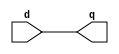
///////////////////////////////////////////
// LRU IMPLEMENTATION
///////////////////////////////////////////

module D_ff_LRU(input d, output reg q );
always@(d)
begin
 q=d; 
end
endmodule

module decoder3to8_LRU(input [2:0] in, output reg [7:0] out);
  always@(in)
    case(in)
      3'b000:  out = 8'b00000001;
      3'b001:  out = 8'b00000010;
      3'b010:  out = 8'b00000100;
      3'b011:  out = 8'b00001000;
      3'b100:  out = 8'b00010000;
      3'b101:  out = 8'b00100000;
      3'b110:  out = 8'b01000000;
      3'b111:  out = 8'b10000000;
    endcase
endmodule

module mux2to1_3bit_LRU(input [2:0] in1, input [2:0] in2, input sel, output reg [2:0] out);
  always@(in1,in2,sel)
    case(sel)
      1'b0:  out = in1;
      1'b1:  out = in2;
    endcase
endmodule

module mux8to1_3bit_LRU(input [2:0] in0, input [2:0] in1, input [2:0] in2, input [2:0] in3, input [2:0] in4,
                    input [2:0] in5, input [2:0] in6, input [2:0] in7,
                    input [2:0] sel, output reg [2:0] out);
  always@(in1,in2,in3,in0,in4,in5,in6,in7,sel)
    begin
      case(sel)
        3'b000 : out = in0;
        3'b001 : out = in1;
        3'b010 : out = in2;
        3'b011 : out = in3;
        3'b100 : out = in4;
        3'b101 : out = in5;
        3'b110 : out = in6;
        3'b111 : out = in7;
      endcase
    end
endmodule

module counter_LRU(input clk, input reset,input writeEnable, input dec, input load, output [2:0] val);
  reg[2:0] temp;
  reg[1:0] three;

  D_ff_LRU d0 (temp[0],val[0]);
  D_ff_LRU d1 (temp[1],val[1]);
  D_ff_LRU d2 (temp[2],val[2]);

  always@(clk)
  begin
    if(reset)
      temp=3'b000;
    else if(load&writeEnable)
      temp=3'b111;
    else if (dec&writeEnable)
      temp=temp-3'b001;
  end
endmodule

module priority_encoder_LRU (input [7:0] sel, output reg [2:0] code);  
  
 
  always @(sel)  
  begin  
        if (sel[0]) code = 3'b000;  
   else if (sel[1]) code = 3'b001;  
   else if (sel[2]) code = 3'b010;  
   else if (sel[3]) code = 3'b011;  
   else if (sel[4]) code = 3'b100;  
   else if (sel[5]) code = 3'b101;  
   else if (sel[6]) code = 3'b110;  
   else if (sel[7]) code = 3'b111;  
   else code = 3'b000;  
  end  
endmodule 

module comparator_LRU(input[2:0] in1,input [2:0] in2, output reg dec, output reg ifzero);
  always @ (in1,in2)
  begin
  if(in1>in2)
    dec=1'b1;
  else
    dec=1'b0;
  if(in1==3'b000)
   ifzero=1'b1;
   else
   ifzero=1'b0;
end

endmodule

module LRU_Counter(input clk, input reset, input hit,input writeEnable, input [2:0] lineIndex, output [2:0] outIndex);
  
  wire[2:0] dec_in;
  wire[7:0] dec_out,comp_out,ifzero;
  wire[2:0] out0,out1,out2,out3,out4,out5,out6,out7;
  wire[2:0] comp_in;
  
  mux2to1_3bit_LRU m1(outIndex,lineIndex, hit, dec_in);
  
  decoder3to8_LRU d1(dec_in, dec_out);
  
  counter_LRU c0(clk,reset, writeEnable, comp_out[0]&(~dec_out[0]),dec_out[0],out0);
  counter_LRU c1(clk,reset, writeEnable, comp_out[1]&(~dec_out[1]),dec_out[1],out1);
  counter_LRU c2(clk,reset, writeEnable, comp_out[2]&(~dec_out[2]),dec_out[2],out2);
  counter_LRU c3(clk,reset, writeEnable, comp_out[3]&(~dec_out[3]),dec_out[3],out3);
  counter_LRU c4(clk,reset, writeEnable, comp_out[4]&(~dec_out[4]),dec_out[4],out4);
  counter_LRU c5(clk,reset, writeEnable, comp_out[5]&(~dec_out[5]),dec_out[5],out5);
  counter_LRU c6(clk,reset, writeEnable, comp_out[6]&(~dec_out[6]),dec_out[6],out6);
  counter_LRU c7(clk,reset, writeEnable, comp_out[7]&(~dec_out[7]),dec_out[7],out7);
  
  mux8to1_3bit_LRU m2(out0,out1,out2,out3,out4,out5,out6,out7,dec_in,comp_in);
  
  comparator_LRU cc0(out0,comp_in,comp_out[0],ifzero[0]);
  comparator_LRU cc1(out1,comp_in,comp_out[1],ifzero[1]);
  comparator_LRU cc2(out2,comp_in,comp_out[2],ifzero[2]);
  comparator_LRU cc3(out3,comp_in,comp_out[3],ifzero[3]);
  comparator_LRU cc4(out4,comp_in,comp_out[4],ifzero[4]);
  comparator_LRU cc5(out5,comp_in,comp_out[5],ifzero[5]);
  comparator_LRU cc6(out6,comp_in,comp_out[6],ifzero[6]);
  comparator_LRU cc7(out7,comp_in,comp_out[7],ifzero[7]);
  
  priority_encoder_LRU pe(ifzero, outIndex);

endmodule

  
//////////////////////////////////////////  
//CACHE IMPLEMENTATION 
//////////////////////////////////////////  
  
module D_FF(input clk, input reset, input write, input d, output reg q);
  always @(negedge clk) 
  if(reset) q=0;
  else
   if(write) q=d;
   endmodule
   
module mux2to1_1b(input in1,input in2, input sel,output reg tagOut);
  always @(in1,in2,sel)
  begin
    case(sel)
      1'b0:tagOut=in1;
      1'b1:tagOut=in2;
    endcase
  end
endmodule

module mux2to1_3b(input [2:0] in1, input [2:0] in2, input sel,output reg [2:0] tagOut);
  always @(in1,in2,sel)
  begin
    case(sel)
      1'b0:tagOut=in1;
      1'b1:tagOut=in2;
    endcase
  end
endmodule

module mux2to1_128b(input [127:0] in1, input [127:0] in2, input sel,output reg [127:0] tagOut);
  always @(in1,in2,sel)
  begin
    case(sel)
      1'b0:tagOut=in1;
      1'b1:tagOut=in2;
    endcase
  end
endmodule

module mux4to1_1b(input in1,input in2, input in3,input in4,input[1:0] sel,output reg tagOut);
  always @(in1,in2,in3,in4,sel)
  begin
    case(sel)
      2'b00:tagOut=in1;
      2'b01:tagOut=in2;
      2'b10:tagOut=in3;
      2'b11:tagOut=in4;
    endcase
  end
endmodule

module mux4to1_3b(input[2:0] in1, in2, in3, in4,input[1:0] sel,output reg [2:0] tagOut);
  always @(in1,in2,in3,in4,sel)
  begin
    case(sel)
      2'b00:tagOut=in1;
      2'b01:tagOut=in2;
      2'b10:tagOut=in3;
      2'b11:tagOut=in4;
    endcase
  end
endmodule


module mux4to1_16b(input[15:0] in1, in2, in3, in4,input[1:0] sel,output reg[15:0] tagOut);
  always @(in1,in2,in3,in4,sel)
  begin
    case(sel)
      2'b00:tagOut=in1;
      2'b01:tagOut=in2;
      2'b10:tagOut=in3;
      2'b11:tagOut=in4;
    endcase
  end
endmodule

module mux4to1_26b(input [25:0] in1,input [25:0] in2, input [25:0] in3, input [25:0] in4, input[1:0] sel,output reg[25:0] tagOut);
  always @(in1,in2,in3,in4,sel)
  begin
    case(sel)
      2'b00:tagOut=in1;
      2'b01:tagOut=in2;
      2'b10:tagOut=in3;
      2'b11:tagOut=in4;
    endcase
  end
endmodule

module mux4to1_128b(input [127:0] in1,input [127:0] in2,input [127:0]  in3,input [127:0] in4,input[1:0] sel,output reg[127:0] tagOut);
  always @(in1,in2,in3,in4,sel)
  begin
    case(sel)
      2'b00:tagOut=in1;
      2'b01:tagOut=in2;
      2'b10:tagOut=in3;
      2'b11:tagOut=in4;
    endcase
  end
endmodule

module mux8to1_1b(input in1, input in2, input in3,input in4, input in5, input in6, input in7, input in8 ,input[2:0] sel,output reg tagOut);
  always @(in1,in2,in3,in4,in5,in6,in7,in8,sel)
  begin
    case(sel)
      3'b000:tagOut=in1;
      3'b001:tagOut=in2;
      3'b010:tagOut=in3;
      3'b011:tagOut=in4;
      3'b100:tagOut=in5;
      3'b101:tagOut=in6;
      3'b110:tagOut=in7;
      3'b111:tagOut=in8;  
    endcase
  end
endmodule

module mux8to1_128b(input [127:0] in1,  in2,  in3, in4,  in5,  in6,  in7,  in8 ,input[2:0] sel,output reg[127:0] tagOut);
  always @(in1,in2,in3,in4,in5,in6,in7,in8,sel)
  begin
    case(sel)
      3'b000:tagOut=in1;
      3'b001:tagOut=in2;
      3'b010:tagOut=in3;
      3'b011:tagOut=in4;
      3'b100:tagOut=in5;
      3'b101:tagOut=in6;
      3'b110:tagOut=in7;
      3'b111:tagOut=in8;  
    endcase
  end
endmodule

module mux16to1_8b(input [7:0] in1, in2, in3, in4, in5, in6, in7, in8, in9, in10, in11, in12, in13, in14, in15, in16, input[3:0] sel, output reg[7:0] tagOut);
  always @(in1,in2,in3,in4,in5,in6,in7,in8,sel)
  begin
    case(sel)
      4'b0000:tagOut=in1;
      4'b0001:tagOut=in2;
      4'b0010:tagOut=in3;
      4'b0011:tagOut=in4;
      4'b0100:tagOut=in5;
      4'b0101:tagOut=in6;
      4'b0110:tagOut=in7;
      4'b0111:tagOut=in8;  
      4'b1000:tagOut=in9;
      4'b1001:tagOut=in10;
      4'b1010:tagOut=in11;
      4'b1011:tagOut=in12;
      4'b1100:tagOut=in13;
      4'b1101:tagOut=in14;
      4'b1110:tagOut=in15;
      4'b1111:tagOut=in16; 
    endcase
  end
endmodule

module comparator4bit(input [3:0] in1, input [3:0] in2,output reg compOut);
  always @(in1,in2)
  begin      
    if(in1==in2)
      compOut=1'b1;
    else
        compOut=1'b0;
   end
endmodule
  
module comparator26bit(input [25:0] in1, input [25:0] in2,output reg compOut);
  always @(in1,in2)
  begin      
    if(in1==in2)
      compOut=1'b1;
    else
        compOut=1'b0;
    end
  endmodule

module decoder2to4(input [1:0] in,output reg [3:0] decOut);
  always @(in)
  begin
    case(in)
      2'b00:decOut=4'b0001;
      2'b01:decOut=4'b0010;
      2'b10:decOut=4'b0100;
      2'b11:decOut=4'b1000;  
      
    endcase
  end
endmodule

module decoder3to8(input [2:0] way,output reg [7:0] wayOut);
  always @(way)
  begin
    case(way)
      3'b000:wayOut=8'b00000001;
      3'b001:wayOut=8'b00000010;
      3'b010:wayOut=8'b00000100;
      3'b011:wayOut=8'b00001000;
      3'b100:wayOut=8'b00010000;
      3'b101:wayOut=8'b00100000;
      3'b110:wayOut=8'b01000000;
      3'b111:wayOut=8'b10000000; 
      
    endcase
  end
endmodule

module decoder4to16(input [3:0] way,output reg [15:0] wayOut);
  always @(way)
  begin
    case(way)
      4'b0000:wayOut=16'h0001;
      4'b0001:wayOut=16'h0002;
      4'b0010:wayOut=16'h0004;
      4'b0011:wayOut=16'h0008;
      4'b0100:wayOut=16'h0010;
      4'b0101:wayOut=16'h0020;
      4'b0110:wayOut=16'h0040;
      4'b0111:wayOut=16'h0080; 
      4'b1000:wayOut=16'h0100;
      4'b1001:wayOut=16'h0200;
      4'b1010:wayOut=16'h0400;
      4'b1011:wayOut=16'h0800;
      4'b1100:wayOut=16'h1000;
      4'b1101:wayOut=16'h2000;
      4'b1110:wayOut=16'h4000;
      4'b1111:wayOut=16'h8000; 
    endcase
  end
endmodule

module encoder8to3(input [7:0] encoder_in, output reg[2:0]binary_out);
	always @ (encoder_in)
	begin
    	case (encoder_in) 
  		8'b00000001 : binary_out = 3'b000;
		8'b00000010 : binary_out = 3'b001;
		8'b00000100 : binary_out = 3'b010;
		8'b00001000 : binary_out = 3'b011;
		8'b00010000 : binary_out = 3'b100;
		8'b00100000 : binary_out = 3'b101;
		8'b01000000 : binary_out = 3'b110;
		8'b10000000 : binary_out = 3'b111;
   endcase
  end

endmodule


module dataByte(input clk, input reset, input writeEnable, input [7:0] in,output [7:0] out);    
    D_FF d0(clk,reset, writeEnable, in[0], out[0]);
    D_FF d1(clk,reset, writeEnable, in[1], out[1]);
    D_FF d2(clk,reset, writeEnable, in[2], out[2]);
    D_FF d3(clk,reset, writeEnable, in[3], out[3]);
    D_FF d4(clk,reset, writeEnable, in[4], out[4]);
    D_FF d5(clk,reset, writeEnable, in[5], out[5]);
    D_FF d6(clk,reset, writeEnable, in[6], out[6]);
    D_FF d7(clk,reset, writeEnable, in[7], out[7]);
 endmodule

module dataBlock(input clk, input reset, input[15:0] write, input[7:0] in0, input[7:0] in1, input[7:0] in2, input[7:0] in3,
input[7:0] in4, input[7:0] in5, input[7:0] in6, input[7:0] in7,  input[7:0] in8, input[7:0] in9, input[7:0] in10, input[7:0] in11,
input[7:0] in12, input[7:0] in13, input[7:0] in14, input[7:0] in15, output[7:0] out0, output[7:0] out1, output[7:0] out2, output[7:0] out3, 
output[7:0] out4, output[7:0] out5, output[7:0] out6, output[7:0] out7, output[7:0] out8, output[7:0] out9, output[7:0] out10, output[7:0] out11, 
output[7:0] out12, output[7:0] out13, output[7:0] out14, output[7:0] out15);

dataByte db0(clk,reset,write[0], in0, out0);
dataByte db1(clk,reset,write[1], in1, out1);
dataByte db2(clk,reset,write[2], in2, out2);
dataByte db3(clk,reset,write[3], in3, out3);
dataByte db4(clk,reset,write[4], in4, out4);
dataByte db5(clk,reset,write[5], in5, out5);
dataByte db6(clk,reset,write[6], in6, out6);
dataByte db7(clk,reset,write[7], in7, out7);
dataByte db8(clk,reset,write[8], in8, out8);
dataByte db9(clk,reset,write[9], in9, out9);
dataByte db10(clk,reset,write[10], in10, out10);
dataByte db11(clk,reset,write[11], in11, out11);
dataByte db12(clk,reset,write[12], in12, out12);
dataByte db13(clk,reset,write[13], in13, out13);
dataByte db14(clk,reset,write[14], in14, out14);
dataByte db15(clk,reset,write[15], in15, out15);
endmodule

module dataArray(input clk, input reset, input[63:0] writeEnable, input[127:0] in_dataBlock, 
                 output[127:0] out_dataBlock0, out_dataBlock1, out_dataBlock2, out_dataBlock3);

 dataBlock db0( clk,  reset,  writeEnable[15:0],  
 in_dataBlock[7:0],  in_dataBlock[15:8] ,  in_dataBlock[23:16],  in_dataBlock[31:24],
 in_dataBlock[39:32],  in_dataBlock[47:40],  in_dataBlock[55:48],  in_dataBlock[63:56], in_dataBlock[71:64], in_dataBlock[79:72], 
 in_dataBlock[87:80], in_dataBlock[95:88], in_dataBlock[103:96], in_dataBlock[111:104], in_dataBlock[119:112], in_dataBlock[127:120],
 out_dataBlock0[7:0],  out_dataBlock0[15:8] ,  out_dataBlock0[23:16],  out_dataBlock0[31:24], 
 out_dataBlock0[39:32], out_dataBlock0[47:40],  out_dataBlock0[55:48],  out_dataBlock0[63:56], out_dataBlock0[71:64], out_dataBlock0[79:72], 
 out_dataBlock0[87:80], out_dataBlock0[95:88], out_dataBlock0[103:96], out_dataBlock0[111:104], out_dataBlock0[119:112], out_dataBlock0[127:120]); 
 
 dataBlock db1( clk,  reset,  writeEnable[31:16],  
 in_dataBlock[7:0],  in_dataBlock[15:8] ,  in_dataBlock[23:16],  in_dataBlock[31:24],
 in_dataBlock[39:32],  in_dataBlock[47:40],  in_dataBlock[55:48],  in_dataBlock[63:56], in_dataBlock[71:64], in_dataBlock[79:72], 
 in_dataBlock[87:80], in_dataBlock[95:88], in_dataBlock[103:96], in_dataBlock[111:104], in_dataBlock[119:112], in_dataBlock[127:120],
 out_dataBlock1[7:0],  out_dataBlock1[15:8] ,  out_dataBlock1[23:16],  out_dataBlock1[31:24], 
 out_dataBlock1[39:32], out_dataBlock1[47:40],  out_dataBlock1[55:48],  out_dataBlock1[63:56], out_dataBlock1[71:64], out_dataBlock1[79:72], 
 out_dataBlock1[87:80], out_dataBlock1[95:88], out_dataBlock1[103:96], out_dataBlock1[111:104], out_dataBlock1[119:112], out_dataBlock1[127:120]); 
 
 dataBlock db2( clk,  reset,  writeEnable[47:32],  
 in_dataBlock[7:0],  in_dataBlock[15:8] ,  in_dataBlock[23:16],  in_dataBlock[31:24],
 in_dataBlock[39:32],  in_dataBlock[47:40],  in_dataBlock[55:48],  in_dataBlock[63:56], in_dataBlock[71:64], in_dataBlock[79:72], 
 in_dataBlock[87:80], in_dataBlock[95:88], in_dataBlock[103:96], in_dataBlock[111:104], in_dataBlock[119:112], in_dataBlock[127:120],
 out_dataBlock2[7:0],  out_dataBlock2[15:8] ,  out_dataBlock2[23:16],  out_dataBlock2[31:24], 
 out_dataBlock2[39:32], out_dataBlock2[47:40],  out_dataBlock2[55:48],  out_dataBlock2[63:56], out_dataBlock2[71:64], out_dataBlock2[79:72], 
 out_dataBlock2[87:80], out_dataBlock2[95:88], out_dataBlock2[103:96], out_dataBlock2[111:104], out_dataBlock2[119:112], out_dataBlock2[127:120]);  
 
  dataBlock db3( clk,  reset,  writeEnable[63:48],  
 in_dataBlock[7:0],  in_dataBlock[15:8] ,  in_dataBlock[23:16],  in_dataBlock[31:24],
 in_dataBlock[39:32],  in_dataBlock[47:40],  in_dataBlock[55:48],  in_dataBlock[63:56], in_dataBlock[71:64], in_dataBlock[79:72], 
 in_dataBlock[87:80], in_dataBlock[95:88], in_dataBlock[103:96], in_dataBlock[111:104], in_dataBlock[119:112], in_dataBlock[127:120],
 out_dataBlock3[7:0],  out_dataBlock3[15:8] ,  out_dataBlock3[23:16],  out_dataBlock3[31:24], 
 out_dataBlock3[39:32], out_dataBlock3[47:40],  out_dataBlock3[55:48],  out_dataBlock3[63:56], out_dataBlock3[71:64], out_dataBlock3[79:72], 
 out_dataBlock3[87:80], out_dataBlock3[95:88], out_dataBlock3[103:96], out_dataBlock3[111:104], out_dataBlock3[119:112], out_dataBlock3[127:120]); 
 
endmodule

module tagBlock(input clk, input reset, input write, input [21:0] tag ,output [21:0] tagData);
    D_FF d8(clk,reset, write, tag[0], tagData[0]);
    D_FF d9(clk,reset, write, tag[1], tagData[1]);
    D_FF d10(clk,reset, write, tag[2], tagData[2]);
    D_FF d11(clk,reset, write, tag[3], tagData[3]);
    D_FF d12(clk,reset, write, tag[4], tagData[4]);
    D_FF d13(clk,reset, write, tag[5], tagData[5]);
    D_FF d14(clk,reset, write, tag[6], tagData[6]);
    D_FF d15(clk,reset, write, tag[7], tagData[7]);
    D_FF d16(clk,reset, write, tag[8], tagData[8]);
    D_FF d17(clk,reset, write, tag[9], tagData[9]);
    D_FF d18(clk,reset, write, tag[10], tagData[10]);
    D_FF d19(clk,reset, write, tag[11], tagData[11]);
    D_FF d20(clk,reset, write, tag[12], tagData[12]);
    D_FF d21(clk,reset, write, tag[13], tagData[13]);
    D_FF d22(clk,reset, write, tag[14], tagData[14]);
    D_FF d23(clk,reset, write, tag[15], tagData[15]);
    D_FF d24(clk,reset, write, tag[16], tagData[16]);
    D_FF d25(clk,reset, write, tag[17], tagData[17]);
    D_FF d26(clk,reset, write, tag[18], tagData[18]);
    D_FF d27(clk,reset, write, tag[19], tagData[19]);
    D_FF d28(clk,reset, write, tag[20], tagData[20]);
    D_FF d29(clk,reset, write, tag[21], tagData[21]);
 endmodule


module tagArray(input clk, input reset, input [3:0] we, input [21:0] tagin, 
output [21:0] tagOut0, output [21:0] tagOut1, output [21:0] tagOut2, output [21:0] tagOut3);
   
    tagBlock tb0(clk,reset, we[0], tagin, tagOut0);
    tagBlock tb1(clk,reset, we[1], tagin, tagOut1);
    tagBlock tb2(clk,reset, we[2], tagin, tagOut2);
    tagBlock tb3(clk,reset, we[3], tagin, tagOut3);
    
  endmodule
         
module vaildArray(input clk, input reset, input [3:0] we, input validBit,
    output validOut0, output validOut1, output validOut2, output validOut3); 
    
    D_FF d30(clk,reset,we[0],validBit,validOut0);
    D_FF d31(clk,reset,we[1],validBit,validOut1);
    D_FF d32(clk,reset,we[2],validBit,validOut2);
    D_FF d33(clk,reset,we[3],validBit,validOut3);
    
  endmodule

module haltTagBlock(input clk, input reset, input write, input [3:0] tag,output [3:0] halttagData);
    
    D_FF d34(clk,reset, write, tag[0], halttagData[0]);
    D_FF d35(clk,reset, write, tag[1], halttagData[1]);
    D_FF d36(clk,reset, write, tag[2], halttagData[2]);
    D_FF d37(clk,reset, write, tag[3], halttagData[3]);
endmodule

module haltTagArray(input clk, input reset, input [3:0] we, input [3:0] htagin,
 output [3:0] halttagOut0, output [3:0] halttagOut1, output [3:0] halttagOut2, output [3:0] halttagOut3);
   
    haltTagBlock htb0(clk,reset, we[0], htagin, halttagOut0);
    haltTagBlock htb1(clk,reset, we[1], htagin, halttagOut1);
    haltTagBlock htb2(clk,reset, we[2], htagin, halttagOut2);
    haltTagBlock htb3(clk,reset, we[3], htagin, halttagOut3); 
endmodule


module dirtyArray(input clk, input reset, input [3:0] we, input dirtyBit,
    output dirtyOut0, output dirtyOut1, output dirtyOut2, output dirtyOut3); 

    D_FF d38(clk,reset,we[0],dirtyBit,dirtyOut0);
    D_FF d39(clk,reset,we[1],dirtyBit,dirtyOut1);
    D_FF d40(clk,reset,we[2],dirtyBit,dirtyOut2);
    D_FF d41(clk,reset,we[3],dirtyBit,dirtyOut3);
endmodule

/////////////////////////////////////////
// DIRTY BIT BLOCK
/////////////////////////////////////////
module get_setDirtyBit(input clk, input reset, input [2:0] WayNo, input [7:0] wayOut, 
                       input [1:0] index, input [3:0] indexDecoded, input DB_data, input DB_signal, 
                       output dirtyBit);
  
  wire [7:0] dirtyOut;
  wire [3:0] dirtyEnable0,dirtyEnable1,dirtyEnable2,dirtyEnable3,dirtyEnable4,dirtyEnable5,dirtyEnable6,dirtyEnable7;
  wire [3:0] dirtyOut0,dirtyOut1,dirtyOut2,dirtyOut3,dirtyOut4,dirtyOut5,dirtyOut6,dirtyOut7; 
    
  assign dirtyEnable0 = {wayOut[0]&indexDecoded[3]&DB_signal, wayOut[0]&indexDecoded[2]&DB_signal, wayOut[0]&indexDecoded[1]&DB_signal, wayOut[0]&indexDecoded[0]&DB_signal};
  assign dirtyEnable1 = {wayOut[1]&indexDecoded[3]&DB_signal, wayOut[1]&indexDecoded[2]&DB_signal, wayOut[1]&indexDecoded[1]&DB_signal, wayOut[1]&indexDecoded[0]&DB_signal};
  assign dirtyEnable2 = {wayOut[2]&indexDecoded[3]&DB_signal, wayOut[2]&indexDecoded[2]&DB_signal, wayOut[2]&indexDecoded[1]&DB_signal, wayOut[2]&indexDecoded[0]&DB_signal};
  assign dirtyEnable3 = {wayOut[3]&indexDecoded[3]&DB_signal, wayOut[3]&indexDecoded[2]&DB_signal, wayOut[3]&indexDecoded[1]&DB_signal, wayOut[3]&indexDecoded[0]&DB_signal};
  assign dirtyEnable4 = {wayOut[4]&indexDecoded[3]&DB_signal, wayOut[4]&indexDecoded[2]&DB_signal, wayOut[4]&indexDecoded[1]&DB_signal, wayOut[4]&indexDecoded[0]&DB_signal};
  assign dirtyEnable5 = {wayOut[5]&indexDecoded[3]&DB_signal, wayOut[5]&indexDecoded[2]&DB_signal, wayOut[5]&indexDecoded[1]&DB_signal, wayOut[5]&indexDecoded[0]&DB_signal};
  assign dirtyEnable6 = {wayOut[6]&indexDecoded[3]&DB_signal, wayOut[6]&indexDecoded[2]&DB_signal, wayOut[6]&indexDecoded[1]&DB_signal, wayOut[6]&indexDecoded[0]&DB_signal};
  assign dirtyEnable7 = {wayOut[7]&indexDecoded[3]&DB_signal, wayOut[7]&indexDecoded[2]&DB_signal, wayOut[7]&indexDecoded[1]&DB_signal, wayOut[7]&indexDecoded[0]&DB_signal};
  
  dirtyArray DA0(clk, reset, dirtyEnable0, DB_data, dirtyOut0[0],dirtyOut0[1],dirtyOut0[2],dirtyOut0[3]);
  dirtyArray DA1(clk, reset, dirtyEnable1, DB_data, dirtyOut1[0],dirtyOut1[1],dirtyOut1[2],dirtyOut1[3]);
  dirtyArray DA2(clk, reset, dirtyEnable2, DB_data, dirtyOut2[0],dirtyOut2[1],dirtyOut2[2],dirtyOut2[3]);
  dirtyArray DA3(clk, reset, dirtyEnable3, DB_data, dirtyOut3[0],dirtyOut3[1],dirtyOut3[2],dirtyOut3[3]);
  dirtyArray DA4(clk, reset, dirtyEnable4, DB_data, dirtyOut4[0],dirtyOut4[1],dirtyOut4[2],dirtyOut4[3]);
  dirtyArray DA5(clk, reset, dirtyEnable5, DB_data, dirtyOut5[0],dirtyOut5[1],dirtyOut5[2],dirtyOut5[3]);
  dirtyArray DA6(clk, reset, dirtyEnable6, DB_data, dirtyOut6[0],dirtyOut6[1],dirtyOut6[2],dirtyOut6[3]);
  dirtyArray DA7(clk, reset, dirtyEnable7, DB_data, dirtyOut7[0],dirtyOut7[1],dirtyOut7[2],dirtyOut7[3]);
  
  mux4to1_1b setSelectM0(dirtyOut0[0],dirtyOut0[1],dirtyOut0[2],dirtyOut0[3],index,dirtyOut[0]);
  mux4to1_1b setSelectM1(dirtyOut1[0],dirtyOut1[1],dirtyOut1[2],dirtyOut1[3],index,dirtyOut[1]);
  mux4to1_1b setSelectM2(dirtyOut2[0],dirtyOut2[1],dirtyOut2[2],dirtyOut2[3],index,dirtyOut[2]);
  mux4to1_1b setSelectM3(dirtyOut3[0],dirtyOut3[1],dirtyOut3[2],dirtyOut3[3],index,dirtyOut[3]);
  mux4to1_1b setSelectM4(dirtyOut4[0],dirtyOut4[1],dirtyOut4[2],dirtyOut4[3],index,dirtyOut[4]);
  mux4to1_1b setSelectM5(dirtyOut5[0],dirtyOut5[1],dirtyOut5[2],dirtyOut5[3],index,dirtyOut[5]);
  mux4to1_1b setSelectM6(dirtyOut6[0],dirtyOut6[1],dirtyOut6[2],dirtyOut6[3],index,dirtyOut[6]);
  mux4to1_1b setSelectM7(dirtyOut7[0],dirtyOut7[1],dirtyOut7[2],dirtyOut7[3],index,dirtyOut[7]);  
  
  mux8to1_1b waySelectM0(dirtyOut[0],dirtyOut[1], dirtyOut[2], dirtyOut[3], dirtyOut[4], dirtyOut[5], dirtyOut[6], dirtyOut[7], WayNo, dirtyBit);

endmodule

///////////////////////////////////////////
// CACHE DATA 
///////////////////////////////////////////
module get_setData(input clk, input reset, input [2:0] WayNo, input [7:0] wayOut, input [1:0] index, 
                   input [3:0] indexDecoded, input [127:0] blockData,  
                   input [15:0] writeEnable, input[3:0] offset, 
                   output [127:0] outBlockData, output [7:0] outByteData);
  
  wire [63:0] writeEnable0, writeEnable1, writeEnable2, writeEnable3, writeEnable4, writeEnable5, writeEnable6, writeEnable7;
  wire [511:0] outBlockData0, outBlockData1, outBlockData2, outBlockData3, outBlockData4, outBlockData5, outBlockData6, outBlockData7;
  wire [127:0] blockData0, blockData1, blockData2, blockData3, blockData4, blockData5, blockData6, blockData7;
  
  assign writeEnable0 = {({16{wayOut[0]}} & {16{indexDecoded[0]}} & {writeEnable}),({16{wayOut[0]}} & {16{indexDecoded[1]}} & {writeEnable}),({16{wayOut[0]}} & {16{indexDecoded[2]}} & {writeEnable}),({16{wayOut[0]}} & {16{indexDecoded[3]}} & {writeEnable})};  
  assign writeEnable1 = {({16{wayOut[1]}} & {16{indexDecoded[0]}} & {writeEnable}),({16{wayOut[1]}} & {16{indexDecoded[1]}} & {writeEnable}),({16{wayOut[1]}} & {16{indexDecoded[2]}} & {writeEnable}),({16{wayOut[1]}} & {16{indexDecoded[3]}} & {writeEnable})};
  assign writeEnable2 = {({16{wayOut[2]}} & {16{indexDecoded[0]}} & {writeEnable}),({16{wayOut[2]}} & {16{indexDecoded[1]}} & {writeEnable}),({16{wayOut[2]}} & {16{indexDecoded[2]}} & {writeEnable}),({16{wayOut[2]}} & {16{indexDecoded[3]}} & {writeEnable})};
  assign writeEnable3 = {({16{wayOut[3]}} & {16{indexDecoded[0]}} & {writeEnable}),({16{wayOut[3]}} & {16{indexDecoded[1]}} & {writeEnable}),({16{wayOut[3]}} & {16{indexDecoded[2]}} & {writeEnable}),({16{wayOut[3]}} & {16{indexDecoded[3]}} & {writeEnable})};
  assign writeEnable4 = {({16{wayOut[4]}} & {16{indexDecoded[0]}} & {writeEnable}),({16{wayOut[4]}} & {16{indexDecoded[1]}} & {writeEnable}),({16{wayOut[4]}} & {16{indexDecoded[2]}} & {writeEnable}),({16{wayOut[4]}} & {16{indexDecoded[3]}} & {writeEnable})};
  assign writeEnable5 = {({16{wayOut[5]}} & {16{indexDecoded[0]}} & {writeEnable}),({16{wayOut[5]}} & {16{indexDecoded[1]}} & {writeEnable}),({16{wayOut[5]}} & {16{indexDecoded[2]}} & {writeEnable}),({16{wayOut[5]}} & {16{indexDecoded[3]}} & {writeEnable})};
  assign writeEnable6 = {({16{wayOut[6]}} & {16{indexDecoded[0]}} & {writeEnable}),({16{wayOut[6]}} & {16{indexDecoded[1]}} & {writeEnable}),({16{wayOut[6]}} & {16{indexDecoded[2]}} & {writeEnable}),({16{wayOut[6]}} & {16{indexDecoded[3]}} & {writeEnable})};
  assign writeEnable7 = {({16{wayOut[7]}} & {16{indexDecoded[0]}} & {writeEnable}),({16{wayOut[7]}} & {16{indexDecoded[1]}} & {writeEnable}),({16{wayOut[7]}} & {16{indexDecoded[2]}} & {writeEnable}),({16{wayOut[7]}} & {16{indexDecoded[3]}} & {writeEnable})};       
  
  dataArray DA0(clk, reset, writeEnable0, blockData, outBlockData0[127:0], outBlockData0[255:128], outBlockData0[383:256], outBlockData0[511:384]);
  dataArray DA1(clk, reset, writeEnable1, blockData, outBlockData1[127:0], outBlockData1[255:128], outBlockData1[383:256], outBlockData1[511:384]);
  dataArray DA2(clk, reset, writeEnable2, blockData, outBlockData2[127:0], outBlockData2[255:128], outBlockData2[383:256], outBlockData2[511:384]);
  dataArray DA3(clk, reset, writeEnable3, blockData, outBlockData3[127:0], outBlockData3[255:128], outBlockData3[383:256], outBlockData3[511:384]);
  dataArray DA4(clk, reset, writeEnable4, blockData, outBlockData4[127:0], outBlockData4[255:128], outBlockData4[383:256], outBlockData4[511:384]);
  dataArray DA5(clk, reset, writeEnable5, blockData, outBlockData5[127:0], outBlockData5[255:128], outBlockData5[383:256], outBlockData5[511:384]);
  dataArray DA6(clk, reset, writeEnable6, blockData, outBlockData6[127:0], outBlockData6[255:128], outBlockData6[383:256], outBlockData6[511:384]);
  dataArray DA7(clk, reset, writeEnable7, blockData, outBlockData7[127:0], outBlockData7[255:128], outBlockData7[383:256], outBlockData7[511:384]);

  mux4to1_128b lineSelectM0(outBlockData0[511:384], outBlockData0[383:256], outBlockData0[255:128], outBlockData0[127:0], index, blockData0);
  mux4to1_128b lineSelectM1(outBlockData1[511:384], outBlockData1[383:256], outBlockData1[255:128], outBlockData1[127:0], index, blockData1);
  mux4to1_128b lineSelectM2(outBlockData2[511:384], outBlockData2[383:256], outBlockData2[255:128], outBlockData2[127:0], index, blockData2);
  mux4to1_128b lineSelectM3(outBlockData3[511:384], outBlockData3[383:256], outBlockData3[255:128], outBlockData3[127:0], index, blockData3);
  mux4to1_128b lineSelectM4(outBlockData4[511:384], outBlockData4[383:256], outBlockData4[255:128], outBlockData4[127:0], index, blockData4);
  mux4to1_128b lineSelectM5(outBlockData5[511:384], outBlockData5[383:256], outBlockData5[255:128], outBlockData5[127:0], index, blockData5);
  mux4to1_128b lineSelectM6(outBlockData6[511:384], outBlockData6[383:256], outBlockData6[255:128], outBlockData6[127:0], index, blockData6);
  mux4to1_128b lineSelectM7(outBlockData7[511:384], outBlockData7[383:256], outBlockData7[255:128], outBlockData7[127:0], index, blockData7);

    
  mux8to1_128b waySelectM(blockData0, blockData1, blockData2, blockData3, blockData4, blockData5, blockData6, blockData7, WayNo, outBlockData);
  
  mux16to1_8b offsetSelectM(outBlockData[7:0], outBlockData[15:8], outBlockData[23:16], outBlockData[31:24], outBlockData[39:32], outBlockData[47:40], 
                         outBlockData[55:48], outBlockData[63:56], outBlockData[71:64], outBlockData[79:72], outBlockData[87:80], outBlockData[95:88], 
                         outBlockData[103:96], outBlockData[111:104], outBlockData[119:112], outBlockData[127:120], offset, outByteData);

endmodule

module signalGenerator(input hit, input write, output [1:0] signal, output DB_signal, output DB_dataSignal, output blockByteEnable);
  assign signal = {write & hit, (~hit)};
  assign DB_signal = write | (~hit);
  assign DB_dataSignal = write;
  assign blockByteEnable = (~hit);
endmodule
 
 
 module priority_encoder (input [7:0] sel, output reg [2:0] code);  
   
  always @(sel)  
  begin  
        if (sel[0]) code = 3'b000;  
   else if (sel[1]) code = 3'b001;  
   else if (sel[2]) code = 3'b010;  
   else if (sel[3]) code = 3'b011;  
   else if (sel[4]) code = 3'b100;  
   else if (sel[5]) code = 3'b101;  
   else if (sel[6]) code = 3'b110;  
   else if (sel[7]) code = 3'b111;  
   else code = 3'b000;  
  end  
endmodule 

//////////////////////////////////////
// DEFINITION OF A WAY
//////////////////////////////////////
module Way(input clk, input reset, input[31:0] inputAddress, input haltWriteEnable, input way_write, input valid_write, 
           input[3:0] decin,  
           output way_hit, output vamuxout,output way_halt_hit);
	
	wire[3:0] decout,htao0, htao1, htao2, htao3;
	wire[21:0] tagout0, tagout1, tagout2, tagout3;
	wire[25:0] tagmuxout;
	wire cmp0, cmp1, cmp2, cmp3, tagcompout, haltmuxout;
	wire vaout0,vaout1,vaout2,vout3;

	haltTagArray hta0(clk, reset, ({4{haltWriteEnable}}&decin) , inputAddress[9:6], htao0, htao1, htao2, htao3);  
	comparator4bit cp0(htao0, inputAddress[9:6], cmp0);
	comparator4bit cp1(htao1, inputAddress[9:6], cmp1);
	comparator4bit cp2(htao2, inputAddress[9:6], cmp2);
	comparator4bit cp3(htao3, inputAddress[9:6], cmp3);

  or o1(way_halt_hit,cmp0,cmp1,cmp2,cmp3);

	tagArray ta0(clk, reset, (decin& {4{way_write}}),inputAddress[31:10], tagout0, tagout1, tagout2, tagout3);
	mux4to1_26b m0({tagout0,htao0}, {tagout1,htao1}, {tagout2,htao2}, {tagout3,htao3}, inputAddress[5:4], tagmuxout);
	comparator26bit cp4(tagmuxout, inputAddress[31:6],tagcompout);
	mux2to1_1b m1(1'b0, tagcompout, way_halt_hit, haltmuxout);

	vaildArray va0(clk, reset, (decin&{4{way_write}}), 1'b1, vaout0,vaout1,vaout2,vout3);
	mux4to1_1b valid_bit_mux(vaout0,vaout1,vaout2,vout3,inputAddress[5:4],vamuxout);
	and a4(way_hit, vamuxout,haltmuxout);
  
endmodule

////////////////////////////////////////
// TOP CACHE MODULE
////////////////////////////////////////
module cacheModule(input clk, input reset, input[31:0] inputAddress, input MemWrite, 
                    input [127:0] blockWriteData, input [7:0] byteWriteData, input lru_write,
                    output [127:0] blockToMemData, output [7:0] byteToCPUData, output haltHit, output cacheHit, output dirtyBit,
                    output [26:0]cacheTag, output [3:0]cacheOffset, output [1:0] cacheIndex);
  
  wire [1:0] Signal;
  wire [3:0] indexDecoder;
  wire [7:0] wayHit, way_halt_hit,vaout;
  wire [2:0] finalWayNo, addrWayNo, LRU_WayNo0, LRU_WayNo1, LRU_WayNo2, LRU_WayNo3, LRU_WayNo, placement_way_no, write_way_out;
  wire DB_signal, DB_data, replace, blockByteEnable;
  wire [15:0] offsetDecoded, writeDataEnable;
  wire [7:0] wayNoDecoded;
  wire [127:0] writeDataValue;
  
  
  assign cacheTag = inputAddress[31:6];
  assign cacheOffset = inputAddress[3:0];
  assign cacheIndex = inputAddress[5:4];  
  
  decoder2to4 indexDec(inputAddress[5:4], indexDecoder);
  
  Way way0(clk, reset, inputAddress, ~cacheHit& wayNoDecoded[0], ~cacheHit& wayNoDecoded[0] ,1'b1,indexDecoder, wayHit[0], vaout[0],way_halt_hit[0]);
  Way way1(clk, reset, inputAddress, ~cacheHit& wayNoDecoded[1], ~cacheHit& wayNoDecoded[1] ,1'b1,indexDecoder, wayHit[1], vaout[1],way_halt_hit[1]);
  Way way2(clk, reset, inputAddress, ~cacheHit& wayNoDecoded[2], ~cacheHit& wayNoDecoded[2] ,1'b1,indexDecoder, wayHit[2], vaout[2],way_halt_hit[2]);
  Way way3(clk, reset, inputAddress, ~cacheHit& wayNoDecoded[3], ~cacheHit& wayNoDecoded[3] ,1'b1,indexDecoder, wayHit[3], vaout[3],way_halt_hit[3]);
  Way way4(clk, reset, inputAddress, ~cacheHit& wayNoDecoded[4], ~cacheHit& wayNoDecoded[4] ,1'b1,indexDecoder, wayHit[4], vaout[4],way_halt_hit[4]);
  Way way5(clk, reset, inputAddress, ~cacheHit& wayNoDecoded[5], ~cacheHit& wayNoDecoded[5] ,1'b1,indexDecoder, wayHit[5], vaout[5],way_halt_hit[5]);
  Way way6(clk, reset, inputAddress, ~cacheHit& wayNoDecoded[6], ~cacheHit& wayNoDecoded[6] ,1'b1,indexDecoder, wayHit[6], vaout[6],way_halt_hit[6]);
  Way way7(clk, reset, inputAddress, ~cacheHit& wayNoDecoded[7], ~cacheHit& wayNoDecoded[7] ,1'b1,indexDecoder, wayHit[7], vaout[7],way_halt_hit[7]);

  //PLACEMENT CIRCUIT
  and a1 (replace,vaout[0],vaout[1],vaout[2],vaout[3],vaout[4],vaout[5],vaout[6],vaout[7]);
  
  priority_encoder pe(~vaout, placement_way_no); 
  LRU_Counter lru0(clk, reset,  cacheHit, lru_write&indexDecoder[0], addrWayNo, LRU_WayNo0);
  LRU_Counter lru1(clk, reset,  cacheHit, lru_write&indexDecoder[1], addrWayNo, LRU_WayNo1);
  LRU_Counter lru2(clk, reset,  cacheHit, lru_write&indexDecoder[2], addrWayNo, LRU_WayNo2);
  LRU_Counter lru3(clk, reset,  cacheHit, lru_write&indexDecoder[3], addrWayNo, LRU_WayNo3);
  
  mux4to1_3b lru_mux(LRU_WayNo0, LRU_WayNo1, LRU_WayNo2, LRU_WayNo3, inputAddress[5:4], LRU_WayNo);
    
  mux2to1_3b placement_replacement(placement_way_no, LRU_WayNo, replace,write_way_out);
  mux2to1_3b way_no(write_way_out,addrWayNo, cacheHit,finalWayNo);
  
  decoder3to8 wayCalc(finalWayNo, wayNoDecoded);
  
  //HALTING CIRCUIT
  or halt_hit_miss( haltHit, way_halt_hit[0], way_halt_hit[1], way_halt_hit[2], way_halt_hit[3], way_halt_hit[4], way_halt_hit[5], way_halt_hit[6], way_halt_hit[7]); 
  or cache_hit_miss(tempCacheHit, wayHit[0], wayHit[1], wayHit[2], wayHit[3], wayHit[4], wayHit[5], wayHit[6], wayHit[7]); 
  
  mux2to1_1b hitMux(1'b0, tempCacheHit, haltHit, cacheHit);
  
  encoder8to3 Enc_way(wayHit, addrWayNo);
  mux2to1_128b blockByteSelect({16{byteWriteData}}, blockWriteData, blockByteEnable, writeDataValue);
  get_setData getsetCacheData(clk, reset, finalWayNo, wayNoDecoded, inputAddress[5:4], indexDecoder, writeDataValue, writeDataEnable, inputAddress[3:0], blockToMemData, byteToCPUData); 

  signalGenerator sigGen(cacheHit, MemWrite, Signal, DB_signal, DB_data, blockByteEnable);
  
  get_setDirtyBit setDB(clk, reset, finalWayNo, wayNoDecoded, inputAddress[5:4], indexDecoder, DB_data, DB_signal, dirtyBit);
  
  decoder4to16 dec(inputAddress[3:0], offsetDecoded);
  mux4to1_16b enableSelectM(16'b0, 16'b1111111111111111, offsetDecoded, 16'b0, Signal, writeDataEnable); 

endmodule

////////////////////////////////////////////
// TEST BENCH
////////////////////////////////////////////
module cache_TestBench; 
reg clk, reset, MemWrite;
reg[31:0] inputAddress;
reg [127:0] blockWriteData;
reg [7:0] byteWriteData;
reg lru_write;
wire [127:0] blockToMemData;
wire[7:0] byteToCPUData;
wire haltHit,cacheHit, dirtyBit;
wire [26:0]cacheTag;
wire [1:0]cacheIndex;
wire [3:0]cacheOffset;


cacheModule uut(clk, reset, inputAddress, MemWrite, blockWriteData,byteWriteData,lru_write, 
                  blockToMemData, byteToCPUData, haltHit, cacheHit, dirtyBit, cacheTag, cacheOffset, cacheIndex);
  

   
always #5 clk=~clk;   
  initial  
  begin 
    
    clk = 0; reset = 1;
     //Compulsory Write Miss 1
    #30 reset = 0; MemWrite=1; inputAddress=32'b00000000000000000000010001010001;
     blockWriteData=128'hff000000000000000000000000000000;
     byteWriteData=8'h0f;
    
    #20 lru_write = 1;
    #10 lru_write = 0; 
    //Compulsory Write Miss 2
     MemWrite=1; inputAddress=32'b00000000000000000000100001010001;
     blockWriteData=128'hff000000000000000000000000000000;
     byteWriteData=8'h0e; 
     //Compulsory Write Miss 3
    #20 lru_write = 1;
    #10 lru_write = 0;
     MemWrite=1; inputAddress=32'b00000000000000000000110001010001;
     blockWriteData=128'hff000000000000000000000000000000;
     byteWriteData=8'h0d;
     //Compulsory Write Miss 4     
    #20 lru_write = 1;
    #10 lru_write = 0;
     MemWrite=1; inputAddress=32'b00000000000000000001000001010001;
     blockWriteData=128'hff000000000000000000000000000000;
     byteWriteData=8'h0c;  
     //Compulsory Write Miss 5
    #20 lru_write = 1;
    #10 lru_write = 0;
     MemWrite=1; inputAddress=32'b00000000000000000001010001010001;
     blockWriteData=128'hff000000000000000000000000000000;
     byteWriteData=8'h0b;  
     //Compulsory Write Miss 6
    #20 lru_write = 1;
    #10 lru_write = 0;
     MemWrite=1; inputAddress=32'b00000000000000000001100001010001;
     blockWriteData=128'hff000000000000000000000000000000;
     byteWriteData=8'h0a; 
     //Compulsory Write Miss 7
    #20 lru_write = 1;
    #10 lru_write = 0;
     MemWrite=1; inputAddress=32'b00000000000000000001110001010001;
     blockWriteData=128'hff000000000000000000000000000000;
     byteWriteData=8'h09;  
     //Compulsory Write Miss 8
    #20 lru_write = 1;
    #10 lru_write = 0;
     MemWrite=1; inputAddress=32'b00000000000000000010000001010001;
     blockWriteData=128'hff000000000000000000000000000000;
     byteWriteData=8'h08; 
     //Read Hit
    #20 lru_write = 1;
    #10 lru_write = 0;
     MemWrite=0; inputAddress=32'b00000000000000000001000001010001;
     blockWriteData=128'h00000000000000000000000000000000;
     byteWriteData=8'h00;  
     //Conflict Write Miss
    lru_write = 1;
    #10 lru_write = 0;
     MemWrite=1; inputAddress=32'b00000000000000000110000001010001;
     blockWriteData=128'h00ff0000000000000000000000000000;
     byteWriteData=8'h80; 
     
     //Write Hit
    #20 lru_write = 1;
    #10 lru_write = 0;
     MemWrite=1; inputAddress=32'b00000000000000000000100001010001;
     blockWriteData=128'h0000ff00000000000000000000000000;
     byteWriteData=8'h8e;  
     //Conflict Read Miss
    #10 lru_write = 1;
    #10 lru_write = 0;
     MemWrite=0; inputAddress=32'b00000000000000001110000001010001;
     blockWriteData=128'h00000000000000000000000000000f00;
     byteWriteData=8'h00; 
     //Read Miss Halt Miss Set 10
     
     #10 lru_write = 1;    
     #10 lru_write = 0;
     MemWrite=0; inputAddress=32'b00000000000000000000010010100001;
     blockWriteData=128'h00000000000000000000000000abf200;
     byteWriteData=8'h00;
     
     //Read Miss Halt Miss Set 11
     #10 lru_write = 1;    
     #10 lru_write = 0;
     MemWrite=0; inputAddress=32'b00000000000000000000000011100001;
     blockWriteData=128'h00000000000000000000000000abf300;
     byteWriteData=8'h00;
     
     //Read Miss Halt Miss Set 00
     #10 lru_write = 1;    
     #10 lru_write = 0;
     MemWrite=0; inputAddress=32'b00000000000000000000010110000001;
     blockWriteData=128'h00000000000000000000000000abf400;
     byteWriteData=8'h00;    
     
     //Read Miss Halt hit Set 00
     #10 lru_write = 1;    
     #10 lru_write = 0;
     MemWrite=0; inputAddress=32'b00000000000000000000110011110001;
     blockWriteData=128'h00000000000000000000000000abf500;
     byteWriteData=8'h00;
     
     lru_write = 1;    
     #10 lru_write = 0;
        
    #50 $finish; 
  end 
endmodule